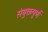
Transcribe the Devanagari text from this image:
संयुक्तपूर्ण